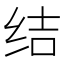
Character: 结